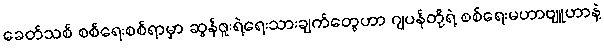
ခေတ်သစ် စစ်ရေးစစ်ရာမှာ ဆွန်ဇူးရဲ့ရေးသားချက်တွေဟာ ဂျပန်တို့ရဲ့ စစ်ရေးမဟာဗျူဟာနဲ့